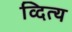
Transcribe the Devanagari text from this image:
व्दित्य